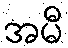
အမီ